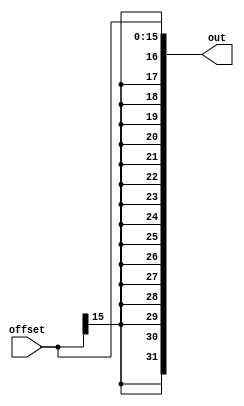
`timescale 1ns / 1ps
//////////////////////////////////////////////////////////////////////////////////
// Company: 
// Engineer: 
// 
// Design Name: 
// Module Name: sign_extend
// Project Name: 
// Target Devices: 
// Tool Versions: 
// Description: 
// 
// Dependencies: 
// 
// Revision:
// Revision 0.01 - File Created
// Additional Comments:
// 
//////////////////////////////////////////////////////////////////////////////////


module sign_extend(
    input[15:0] offset,
    output [31:0]out
    );
    assign out = {{16{offset[15]}},offset[15:0]};
    
endmodule